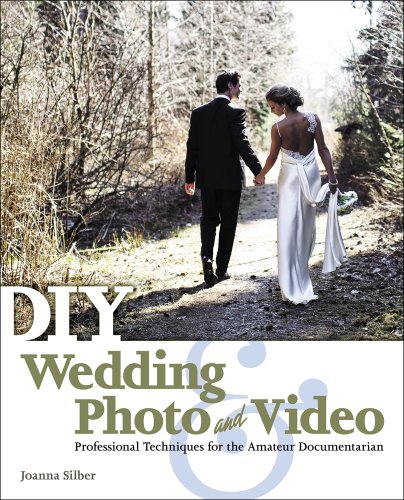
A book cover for DIY Wedding Photo and Video: Professional Techniques for the Amateur Documentarian; Joanna Silber; Crafts, Hobbies & Home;